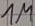
Text: 1M